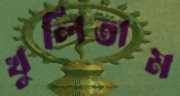
খুলিতাম